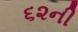
૬૨ની